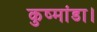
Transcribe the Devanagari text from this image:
कुष्मांडा।